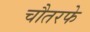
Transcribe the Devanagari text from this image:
चौतरफे